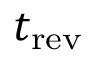
t _ { \mathrm { r e v } }